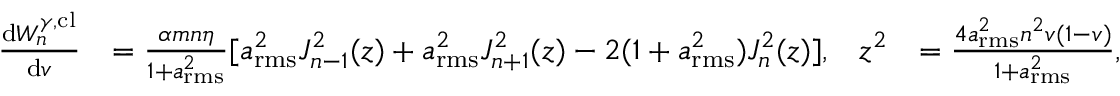
\begin{array} { r l r l } { \frac { \mathrm { d } W _ { n } ^ { \gamma , \mathrm { c l } } } { \mathrm { d } v } } & { = \frac { \alpha m n \eta } { 1 + a _ { \mathrm { r m s } } ^ { 2 } } [ a _ { \mathrm { r m s } } ^ { 2 } J _ { n - 1 } ^ { 2 } ( z ) + a _ { \mathrm { r m s } } ^ { 2 } J _ { n + 1 } ^ { 2 } ( z ) - 2 ( 1 + a _ { \mathrm { r m s } } ^ { 2 } ) J _ { n } ^ { 2 } ( z ) ] , } & { z ^ { 2 } } & { = \frac { 4 a _ { \mathrm { r m s } } ^ { 2 } n ^ { 2 } v ( 1 - v ) } { 1 + a _ { \mathrm { r m s } } ^ { 2 } } , } \end{array}